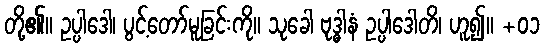
တို့၏။ ဥပ္ပါဒေါ၊ ပွင့်တော်မူခြင်းကို။ သုခေါ ဗုဒ္ဓါနံ ဥပ္ပါဒေါတိ၊ ဟူ၍။ +၀၁